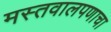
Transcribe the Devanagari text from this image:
मस्तवालपणाचा